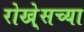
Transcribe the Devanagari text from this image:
रोखे्सच्या